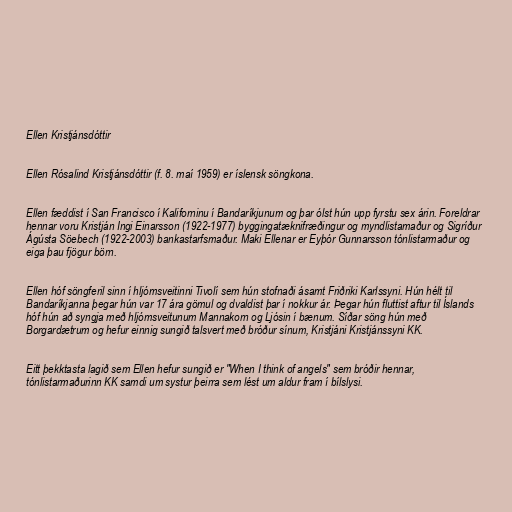
Ellen Kristjánsdóttir

Ellen Rósalind Kristjánsdóttir (f. 8. maí 1959) er íslensk söngkona.

Ellen fæddist í San Francisco í Kaliforninu í Bandaríkjunum og þar ólst hún upp fyrstu sex árin. Foreldrar
hennar voru Kristján Ingi Einarsson (1922-1977) byggingatæknifræðingur og myndlistamaður og Sigríður
Ágústa Söebech (1922-2003) bankastarfsmaður. Maki Ellenar er Eyþór Gunnarsson tónlistarmaður og
eiga þau fjögur börn.

Ellen hóf söngferil sinn í hljómsveitinni Tivolí sem hún stofnaði ásamt Friðriki Karlssyni. Hún hélt til
Bandaríkjanna þegar hún var 17 ára gömul og dvaldist þar í nokkur ár. Þegar hún fluttist aftur til Íslands
hóf hún að syngja með hljómsveitunum Mannakorn og Ljósin í bænum. Síðar söng hún með
Borgardætrum og hefur einnig sungið talsvert með bróður sínum, Kristjáni Kristjánssyni KK.

Eitt þekktasta lagið sem Ellen hefur sungið er "When I think of angels" sem bróðir hennar,
tónlistarmaðurinn KK samdi um systur þeirra sem lést um aldur fram í bílslysi.